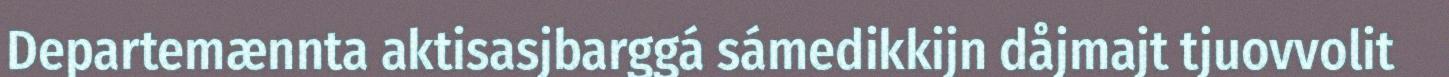
Departemænnta aktisasjbarggá sámedikkijn dåjmajt tjuovvolit